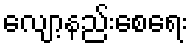
လျော့နည်းစေရေး